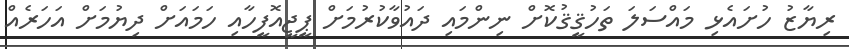
ރިޔާޒު ހުށައެޅި މައްސަލަ ތަހުޤީޤުކޮށް ނިންމައި ދައުވާކުރުމަށް ޕީޖީއޮފީހާއި ހަމައަށް ދިޔުމަށް އަހަރެއް